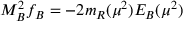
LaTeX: M _ { B } ^ { 2 } f _ { B } = - 2 m _ { R } ( \mu ^ { 2 } ) { \cal E } _ { B } ( \mu ^ { 2 } )